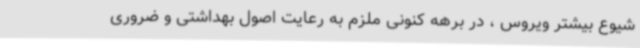
شیوع بیشتر ویروس ، در برهه کنونی ملزم به رعایت اصول بهداشتی و ضروری